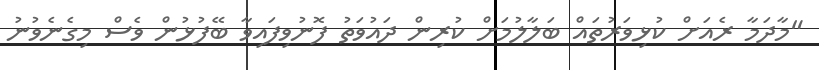
"މާދަމާ ރެއަށް ކުޅިވަރުތައް ބަލާލުމަށް ކުރިން ދައުވަތު ފޮނުވިފައިވާ ބޭފުޅުން ވެސް މިގެނެވުނު